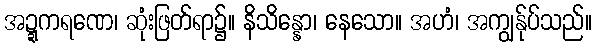
အဍ္ဍကရဏေ၊ ဆုံးဖြတ်ရာ၌။ နိသိန္နော၊ နေသော။ အဟံ၊ အကျွန်ုပ်သည်။